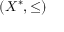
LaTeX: ( X ^ { * } , \leq )